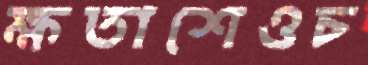
ক্ষতাশেওচ